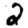
Digit: 2